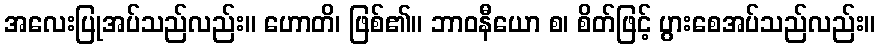
အလေးပြုအပ်သည်လည်း။ ဟောတိ၊ ဖြစ်၏။ ဘာဝနီယော စ၊ စိတ်ဖြင့် ပွားစေအပ်သည်လည်း။